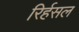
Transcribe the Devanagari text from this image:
रिर्हसल